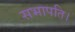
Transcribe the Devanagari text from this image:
सभापति।